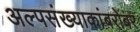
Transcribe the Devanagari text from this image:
अल्पसंख्याकांबरोबर